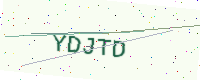
Text: YDJTD